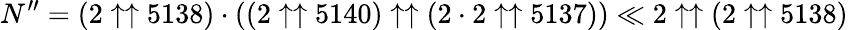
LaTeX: N^{\prime\prime}=(2\uparrow\uparrow 5138)\cdot((2\uparrow\uparrow 5140)\uparrow\uparrow(2\cdot 2\uparrow\uparrow 5137))\ll 2\uparrow\uparrow(2\uparrow\uparrow 5138)